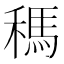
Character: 𥡗